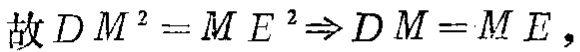
故 \(DM^{2}=ME^{2}\Rightarrow DM = ME\)，